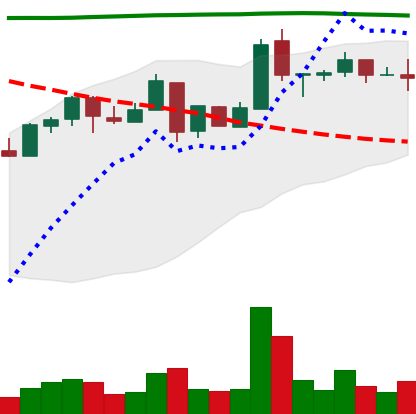
Ticker: NEO-USD
Chart end date: 2018-05-06
Forward return: -24.122%
Label: down_7plus